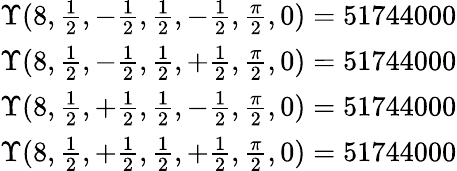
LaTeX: \begin{array}{ll}{\Upsilon(8,\frac{1}{2},-\frac{1}{2},\frac{1}{2},-\frac{1}{2},\frac{\pi}{2},0)=51744000}\\ {\Upsilon(8,\frac{1}{2},-\frac{1}{2},\frac{1}{2},+\frac{1}{2},\frac{\pi}{2},0)=51744000}\\ {\Upsilon(8,\frac{1}{2},+\frac{1}{2},\frac{1}{2},-\frac{1}{2},\frac{\pi}{2},0)=51744000}\\ {\Upsilon(8,\frac{1}{2},+\frac{1}{2},\frac{1}{2},+\frac{1}{2},\frac{\pi}{2},0)=51744000}\end{array}